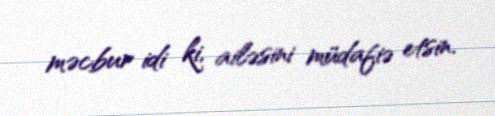
məcbur idi ki, ailəsini müdafiə etsin.